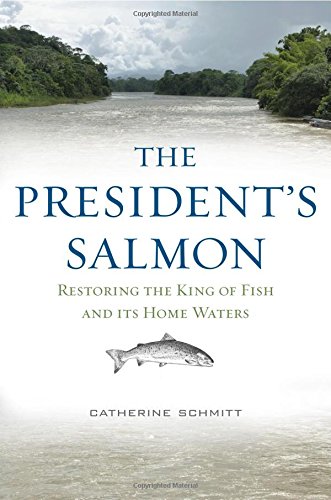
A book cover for The President's Salmon: Restoring the King of Fish and its Home Waters; Catherine Schmitt; Science & Math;